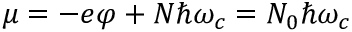
\mu = - e \varphi + N \hbar \omega _ { c } = N _ { 0 } \hbar \omega _ { c }